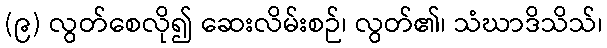
(၉) လွတ်စေလို၍ ဆေးလိမ်းစဉ်၊ လွတ်၏၊ သံဃာဒိသိသ်၊